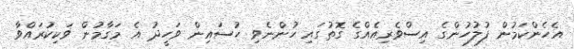
އެހެންކަމުން ފުލުހުންގެ އިސްވެރިއެއްގެ ގޮތުގައި ހުންނެވި ހުސައިން ވަހީދު އެ މަގާމުން ވަކިކުރައްވާ